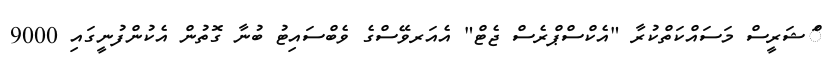
ްަޝަރީސް މަސައްކަތްކުރާ "އެކްސްޕްރެސް ޖެޓް" އެއަރވޭސްގެ ވެބްސައިޓު ބުނާ ގޮތުން އެކުންފުނީގައި 9000